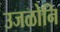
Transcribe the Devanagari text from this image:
उजळोनि